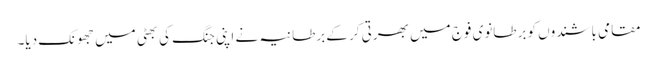
مقامی باشندوں کو برطانوی فوج میں بھرتی کر کے برطانیہ نے اپنی جنگ کی بھٹی میں جھونک دیا۔